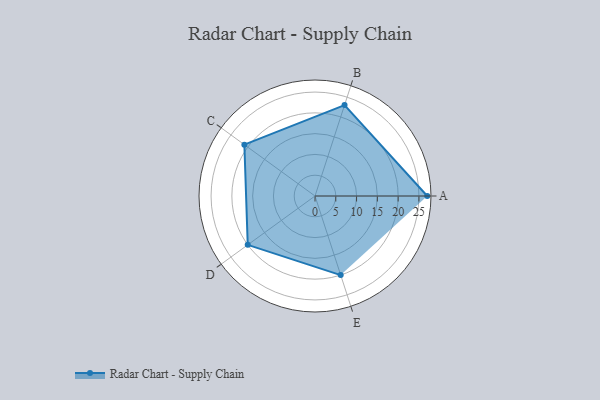
{"axis": {"x": "Skill", "y": "Score"}, "legend": ["Profile"], "data": [{"x": "A", "y": 27.0, "type": "Profile"}, {"x": "B", "y": 23.0, "type": "Profile"}, {"x": "C", "y": 21.0, "type": "Profile"}, {"x": "D", "y": 20, "type": "Profile"}, {"x": "E", "y": 20, "type": "Profile"}]}